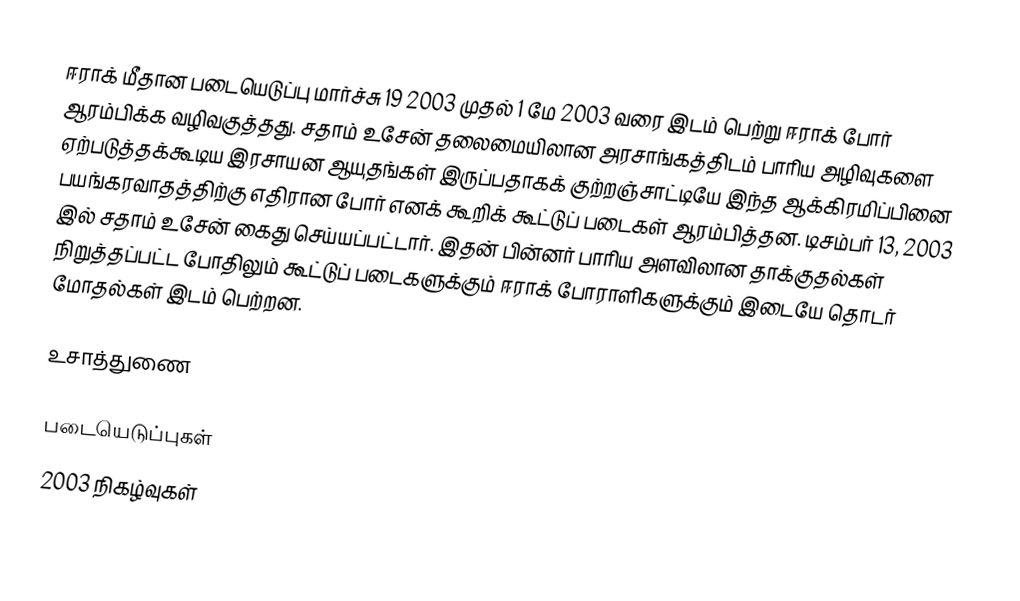
ஈராக் மீதான படையெடுப்பு மார்ச்சு 19 2003 முதல் 1 மே 2003 வரை இடம் பெற்று ஈராக் போர் ஆரம்பிக்க வழிவகுத்தது. சதாம் உசேன் தலைமையிலான அரசாங்கத்திடம் பாரிய அழிவுகளை ஏற்படுத்தக்கூடிய இரசாயன ஆயுதங்கள் இருப்பதாகக் குற்றஞ்சாட்டியே இந்த ஆக்கிரமிப்பினை பயங்கரவாதத்திற்கு எதிரான போர் எனக் கூறிக் கூட்டுப் படைகள் ஆரம்பித்தன. டிசம்பர் 13, 2003 இல் சதாம் உசேன் கைது செய்யப்பட்டார். இதன் பின்னர் பாரிய அளவிலான தாக்குதல்கள் நிறுத்தப்பட்ட போதிலும் கூட்டுப் படைகளுக்கும் ஈராக் போராளிகளுக்கும் இடையே தொடர் மோதல்கள் இடம் பெற்றன.

உசாத்துணை

படையெடுப்புகள்
2003 நிகழ்வுகள்